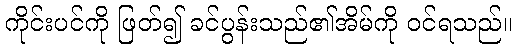
ကိုင်းပင်ကို ဖြတ်၍ ခင်ပွန်းသည်၏အိမ်ကို ဝင်ရသည်။